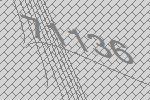
71136